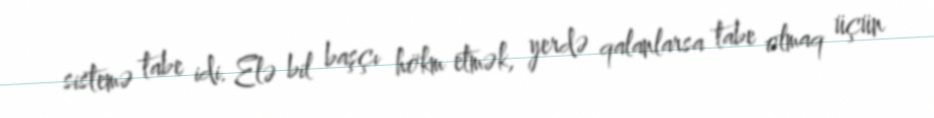
sistemə tabe idi. Elə bil başçı hökm etmək, yerdə qalanlarsa tabe olmaq üçün